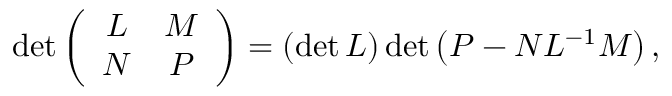
\begin{array} { r } { \operatorname* { d e t } \left( \begin{array} { c c } { L } & { M } \\ { N } & { P } \end{array} \right) = \left( \operatorname* { d e t } L \right) \operatorname* { d e t } \left( P - N L ^ { - 1 } M \right) , } \end{array}